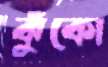
ঝুঁকো